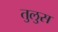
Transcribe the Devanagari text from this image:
तुलुस